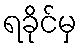
ရခိုင်မှ